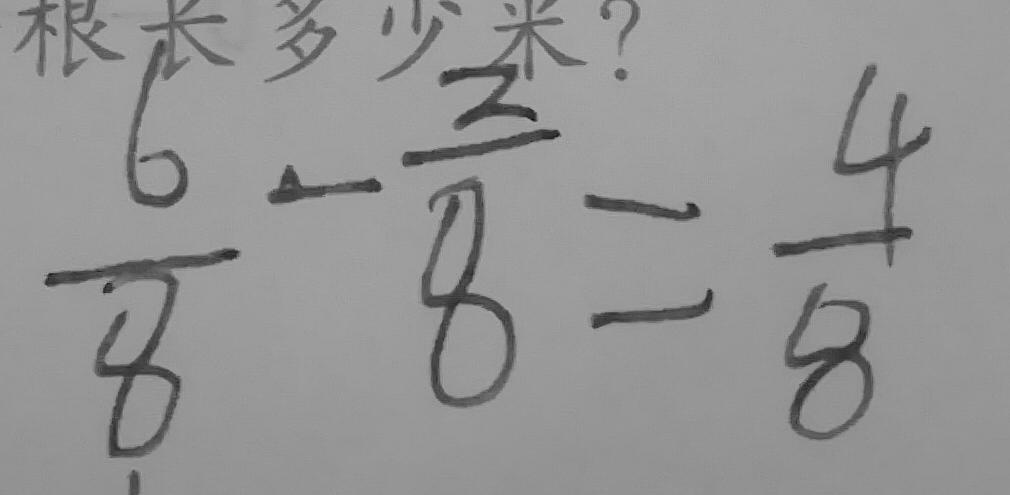
\frac { 6 } { 8 } - \frac { 2 } { 8 } = \frac { 4 } { 8 }